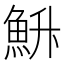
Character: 𮫳